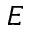
E